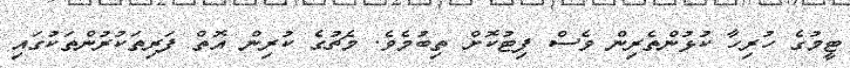
ޓީމުގެ ހުރިހާ ކުޅުންތެރިން ވެސް ފިޓުކޮށް ތިބުމެވެ. މެޗުގެ ކުރިން އޮތް ފަރިތަކުރުންތަކުގައި